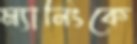
ম্যানিংকে